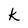
Character: k